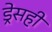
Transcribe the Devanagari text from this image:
ड्रेसही